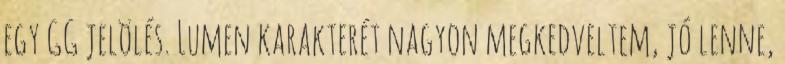
egy GG jelölés. Lumen karakterét nagyon megkedveltem, jó lenne,